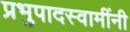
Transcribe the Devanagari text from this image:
प्रभुपादस्वामींनी